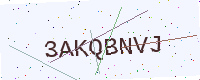
Text: 3AKQBNVJ